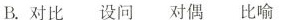
B.对比设问对偶比喻